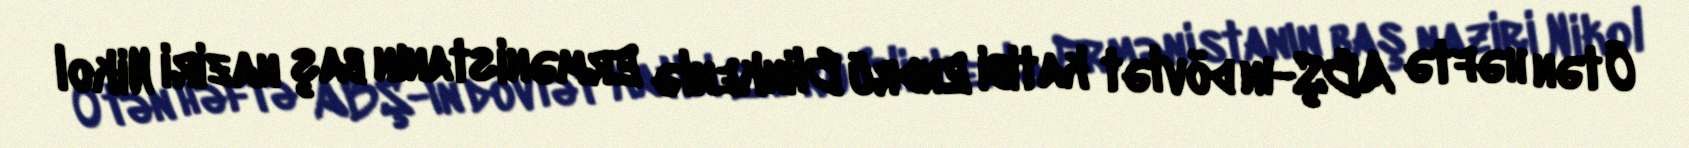
Ötən həftə ABŞ-ın dövlət katibi Endrü Blinkenlə Ermənistanın baş naziri Nikol